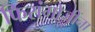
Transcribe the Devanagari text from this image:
फिरांगोजींना